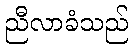
ညီလာခံသည်